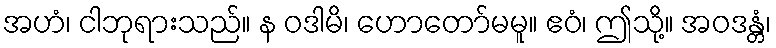
အဟံ၊ ငါဘုရားသည်။ န ဝဒါမိ၊ ဟောတော်မမူ။ ဧဝံ၊ ဤသို့။ အဝဒန္တံ၊